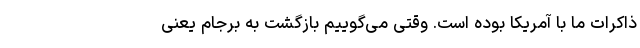
ذاکرات ما با آمریکا بوده است. وقتی می‌گوییم بازگشت به برجام یعنی